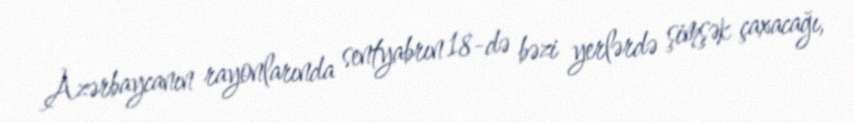
Azərbaycanın rayonlarında sentyabrın 18-də bəzi yerlərdə şimşək çaxacağı,